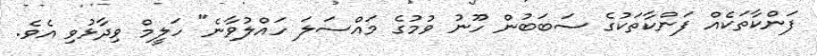
ފަންކާތަކެއް ފަންކާތަކުގެ ސަބަބުން ހޫނު ވުމުގެ މައްސަލަ ހައްލުވާނެ" ހަލީމް ވިދާޅުވި އެވެ.